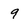
Character: 9